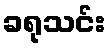
ခရုသင်း